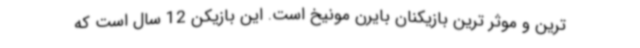
ترین و موثر ترین بازیکنان بایرن مونیخ است. این بازیکن 12 سال است که